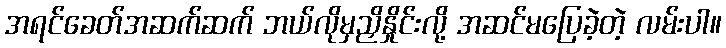
အရင်ခေတ်အဆက်ဆက် ဘယ်လိုမှညှိနှိုင်းလို့ အဆင်မပြေခဲ့တဲ့ လမ်းပါ။